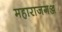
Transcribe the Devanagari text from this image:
महाराजगञ्ज